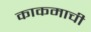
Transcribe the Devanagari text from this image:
काकमाची